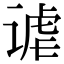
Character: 谑